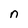
Character: n